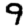
Digit: 9